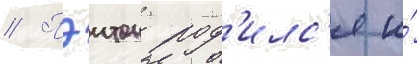
// Пэитон род'илс'я и́